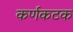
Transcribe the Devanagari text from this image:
कर्णकटक